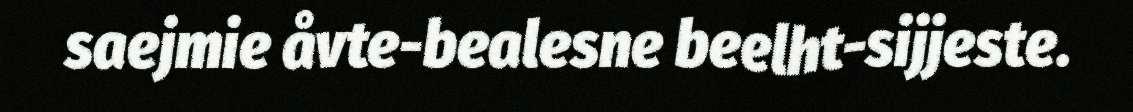
saejmie åvte-bealesne beelht-sijjeste.